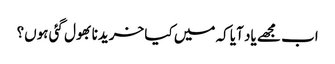
اب مجھے یاد آیا کہ میں کیا خریدنا بھول گئی ہوں؟